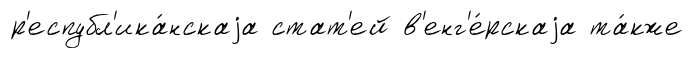
р'еспубл'ика́нскаjа стат'ей в'енг'е́рскаjа та́кже